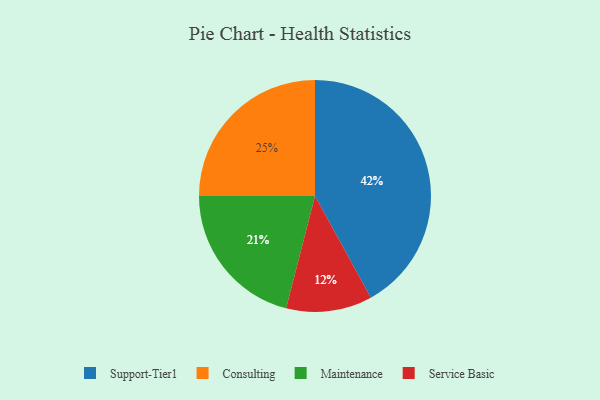
{"axis": {"x": "Category", "y": "Percentage"}, "legend": ["Consulting", "Maintenance", "Service Basic", "Support-Tier1"], "data": [{"x": "Service Basic", "y": 12, "type": "Service Basic"}, {"x": "Maintenance", "y": 21, "type": "Maintenance"}, {"x": "Support-Tier1", "y": 42, "type": "Support-Tier1"}, {"x": "Consulting", "y": 25, "type": "Consulting"}]}